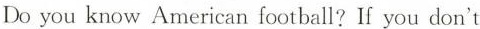
Do you know American football? If you don't